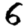
Digit: 6